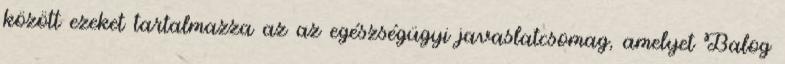
között ezeket tartalmazza az az egészségügyi javaslatcsomag, amelyet Balog